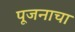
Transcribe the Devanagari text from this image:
पूजनाचा